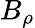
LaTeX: B_{\rho}